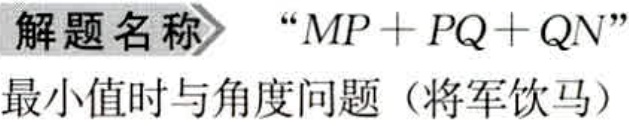
解题名称 “\(MP + PQ + QN\)”最小值时与角度问题（将军饮马）